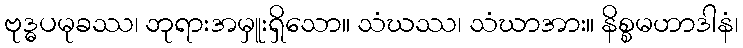
ဗုဒ္ဓပမုခဿ၊ ဘုရားအမှူးရှိသော။ သံဃဿ၊ သံဃာအား။ နိစ္စမဟာဒါနံ၊